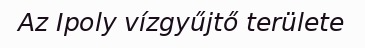
Az Ipoly vízgyűjtő területe